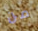
من